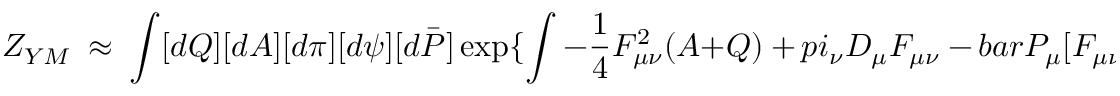
Z _ { Y M } ~ \approx ~ \int [ d Q ] [ d A ] [ d \pi ] [ d \psi ] [ d \bar { \cal P } ] \exp \{ \int - \frac { 1 } { 4 } F _ { \mu \nu } ^ { 2 } ( A + Q ) \ + \, p i _ { \nu } D _ { \mu } F _ { \mu \nu } \ - \, b a r { \cal P } _ { \mu } [ F _ { \mu \nu } , \psi _ { \nu } ]